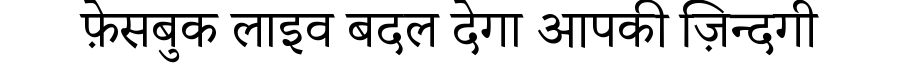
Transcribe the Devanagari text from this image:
फ़ेसबुक लाइव बदल देगा आपकी ज़िन्दगी